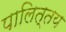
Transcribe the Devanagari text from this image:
पालित्तय